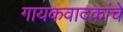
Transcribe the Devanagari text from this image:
गायकवादकांचे